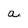
Character: a